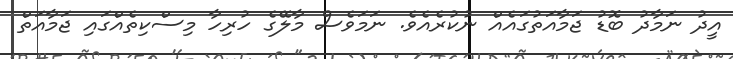
އީދު ނަމާދު ބޮޑު ޖަމާއަތުގައެއް ނުކުރެއެވެ. ނަމަވެސް މާލޭގެ ހުރިހާ މިސްކިތެއްގައި ޖަމާއަތް